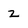
Character: 2